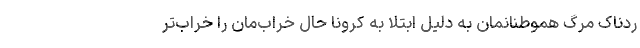
ردناک‌ مرگ هموطنانمان به دلیل ابتلا به کرونا حال خراب‌مان را خراب‌تر